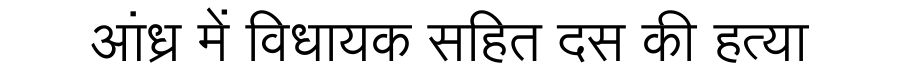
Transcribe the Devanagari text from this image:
आंध्र में विधायक सहित दस की हत्या